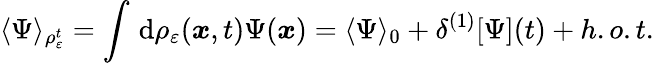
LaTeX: \langle\Psi\rangle_{\rho_{\varepsilon}^{t}}=\int\, \mathrm{d}\rho_{\varepsilon}(\boldsymbol{x},t)\Psi(\boldsymbol{x})=\langle\Psi\rangle_{0}+\delta^{(1)}[\Psi](t)+h.o.t.